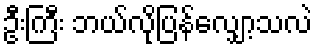
ဦးကြီး ဘယ်လိုပြန်လျှော့သလဲ